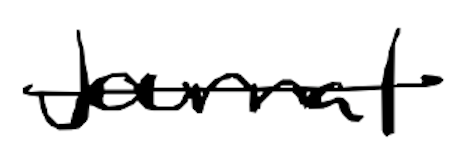
Text: journal
Cross-out: single-line
Writing tool: digital_black